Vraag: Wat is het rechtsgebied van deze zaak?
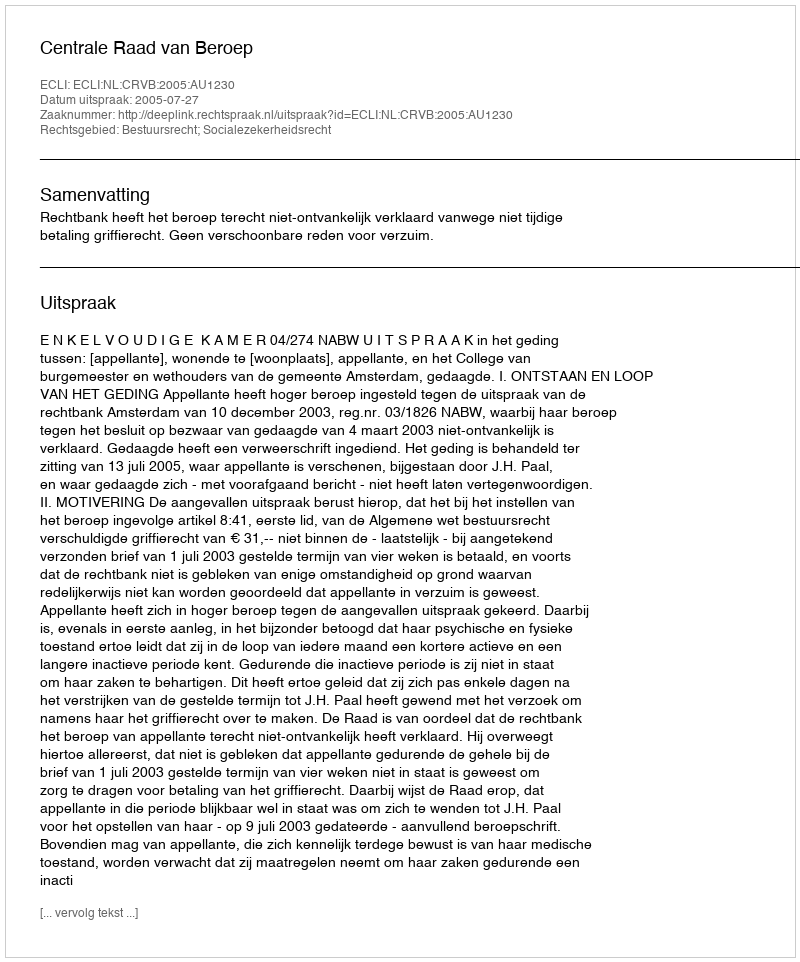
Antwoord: Bestuursrecht; Socialezekerheidsrecht